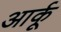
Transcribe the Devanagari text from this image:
आर्कू